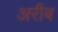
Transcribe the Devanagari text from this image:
अरीब